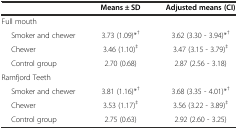
<table><thead><tr><td></td><td><b>Means ± SD</b></td><td><b>Adjusted means (CI)</b></td></tr></thead><tbody><tr><td>Full mouth</td><td></td><td></td></tr><tr><td>Smoker and chewer</td><td>3.73 (1.09)*<sup>†</sup></td><td>3.62 (3.30 - 3.94)*<sup>†</sup></td></tr><tr><td>Chewer</td><td>3.46 (1.10)<sup>‡</sup></td><td>3.47 (3.15 - 3.79)<sup>‡</sup></td></tr><tr><td>Control group</td><td>2.70 (0.68)</td><td>2.87 (2.56 - 3.18)</td></tr><tr><td>Ramfjord Teeth</td><td></td><td></td></tr><tr><td>Smoker and chewer</td><td>3.81 (1.16)*<sup>†</sup></td><td>3.68 (3.35 - 4.01)*<sup>†</sup></td></tr><tr><td>Chewer</td><td>3.53 (1.17)<sup>‡</sup></td><td>3.56 (3.22 - 3.89)<sup>‡</sup></td></tr><tr><td>Control group</td><td>2.75 (0.63)</td><td>2.92 (2.60 - 3.25)</td></tr></tbody></table>